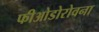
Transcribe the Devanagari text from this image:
फीओडोरोवना